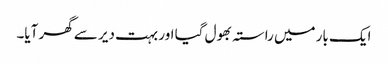
ایک بار میں راستہ بھول گیا اور بہت دیر سے گھر آیا۔